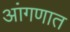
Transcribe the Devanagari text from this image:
आंगणात